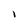
Character: 1